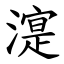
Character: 㵓